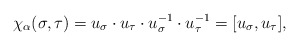
\begin{align*}\chi_{\alpha}(\sigma,\tau)=u_{\sigma}\cdot u_{\tau}\cdot u_{\sigma}^{-1}\cdot u_{\tau}^{-1}=[u_{\sigma}, u_{\tau}],\end{align*}